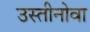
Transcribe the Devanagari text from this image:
उस्तीनोवा